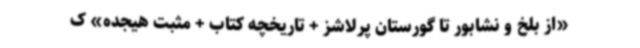
«از بلخ و نشابور تا گورستان پرلاشز + تاریخچه کتاب + مثبت هیجده» ک